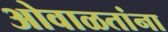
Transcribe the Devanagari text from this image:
ओवाळतांना